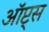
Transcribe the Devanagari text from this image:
ऑप्ट्स